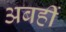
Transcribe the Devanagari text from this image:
अबहीं